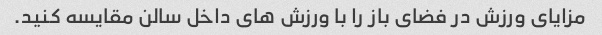
مزایای ورزش در فضای باز را با ورزش های داخل سالن مقایسه کنید.